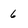
Character: 6